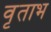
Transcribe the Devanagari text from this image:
वृताभ